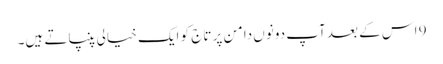
9 اس کے بعد آپ دونوں دامن پر تاج کو ایک خیالی پنپاتے ہیں۔